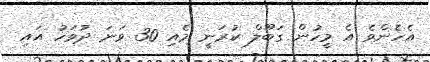
އެހެންވެ އެ މީހުން ގަބޫލް ކުރަނީ މެއި 30 ވަނަ ދުވަހު އައި